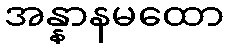
အန္နာနမထော